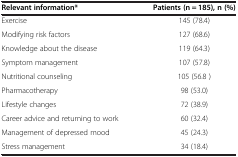
| Relevant information* | Patients (n = 185), n (%) |
 | --- | --- |
 | Exercise | 145 (78.4) |
 | Modifying risk factors | 127 (68.6) |
 | Knowledge about the disease | 119 (64.3) |
 | Symptom management | 107 (57.8) |
 | Nutritional counseling | 105 (56.8 ) |
 | Pharmacotherapy | 98 (53.0) |
 | Lifestyle changes | 72 (38.9) |
 | Career advice and returning to work | 60 (32.4) |
 | Management of depressed mood | 45 (24.3) |
 | Stress management | 34 (18.4) |